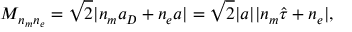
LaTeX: M _ { n _ { m } n _ { e } } = \sqrt 2 | n _ { m } a _ { D } + n _ { e } a | = \sqrt 2 | a | | n _ { m } \hat { \tau } + n _ { e } | ,